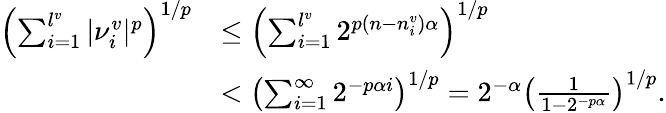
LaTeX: \begin{array}{rl}{\left(\sum_{i=1}^{l^{v}}|\nu_{i}^{v}|^{p}\right)^{1/p}}&{\leq\left(\sum_{i=1}^{l^{v}}2^{p(n-n_{i}^{v})\alpha}\right)^{1/p}}\\ &{<\left(\sum_{i=1}^{\infty}2^{-p\alpha i}\right)^{1/p}=2^{-\alpha}\left(\frac 1{1-2^{-p\alpha}}\right)^{1/p}\mathrm{.}}\end{array}